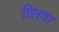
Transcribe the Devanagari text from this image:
घिरता